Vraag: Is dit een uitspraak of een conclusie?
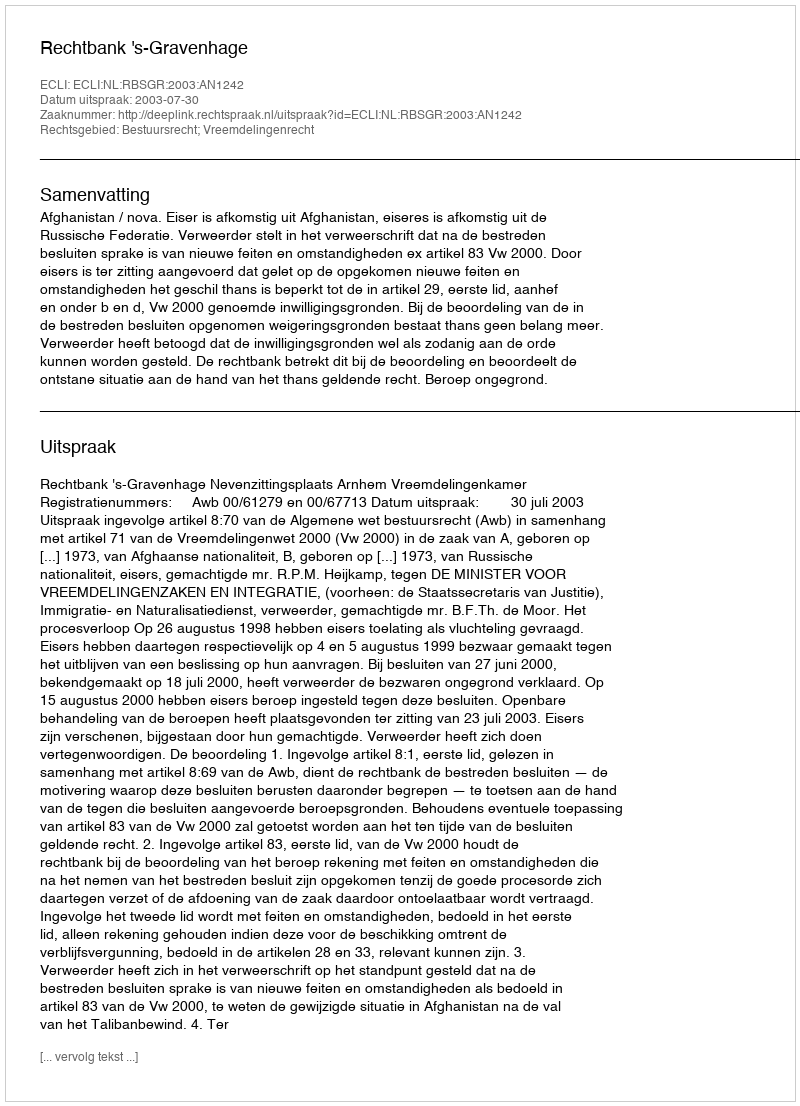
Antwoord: Uitspraak